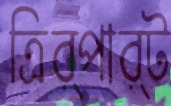
ত্রির্পার্ট